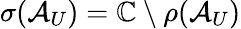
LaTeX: \sigma(\mathcal{A}_{U})=\mathbb{C}\setminus\rho(\mathcal{A}_{U})